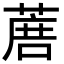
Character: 𦶹